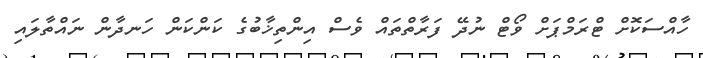
ހާއްސަކޮށް ޓްރަމްޕަށް ވޯޓް ނުދޭ ފަރާތްތައް ވެސް އިންތިޚާބުގެ ކަންކަން ހަނދާން ނައްތާލައި